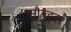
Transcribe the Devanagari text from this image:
सौन्ड्स